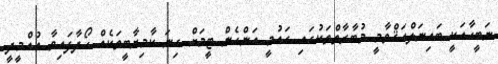
ނަބީހާއަކީ ބައިނަލްއަޤްވާމީ މުބާރާތްތަކުގައި ގައުމީ އަންހެން ޓީމަށް ގިނަ ކާމިޔާބީތަކެއް ހޯދާފައިވާ އުއްމީދީ